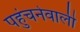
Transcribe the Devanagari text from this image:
पहुंचनेवाली